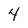
Character: 4